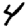
Digit: 4